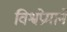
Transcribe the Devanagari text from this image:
विश्वप्रेमाने